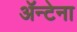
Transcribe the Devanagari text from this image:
ॲन्टेना